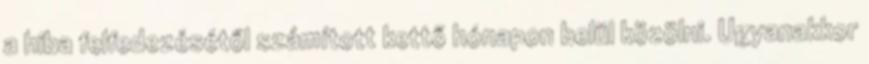
a hiba felfedezésétől számított kettő hónapon belül közölni. Ugyanakkor